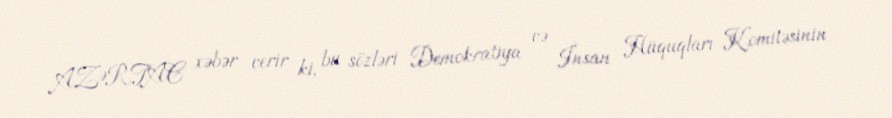
AZƏRTAC xəbər verir ki, bu sözləri Demokratiya və İnsan Hüquqları Komitəsinin